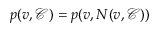
p ( v , \mathcal { C } ) = p ( v , N ( v , \mathcal { C } ) )